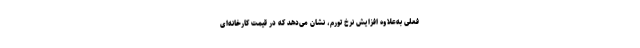
فعلی به‌علاوه افزایش نرخ تورم، نشان می‌دهد که در قیمت کارخانه‌ای